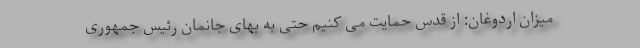
میزان اردوغان: از قدس حمایت می کنیم حتی به بهای جانمان رئیس جمهوری